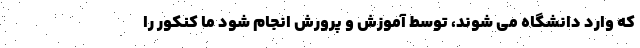
که وارد دانشگاه می شوند، توسط آموزش و پرورش انجام شود ما کنکور را